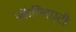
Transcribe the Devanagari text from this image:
स्कैग्लिएटी